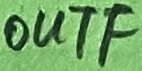
Text: OUTF